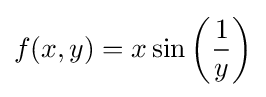
f(x,y)=x\sin \left({\frac {1}{y}}\right)